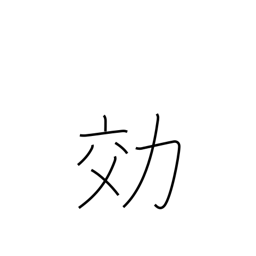
Meaning: efficiency